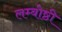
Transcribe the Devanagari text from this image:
लम्बोष्ठी